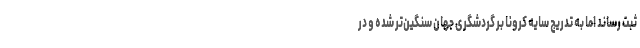
ثبت رساند اما به تدریج سایه کرونا بر گردشگری جهان سنگین‌تر شده و در